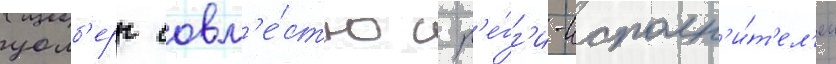
уолб'ерг совм'е́стно с р'е́гг'и-исполн'и́т'ел'ем